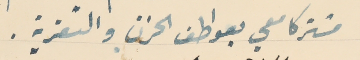
مشتركا معي بعواطف الحزن والتعزية.